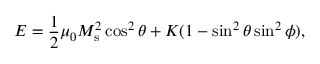
E = \frac { 1 } { 2 } \mu _ { 0 } M _ { \mathrm { s } } ^ { 2 } \cos ^ { 2 } \theta + K ( 1 - \sin ^ { 2 } \theta \sin ^ { 2 } \phi ) ,